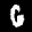
Label: 6